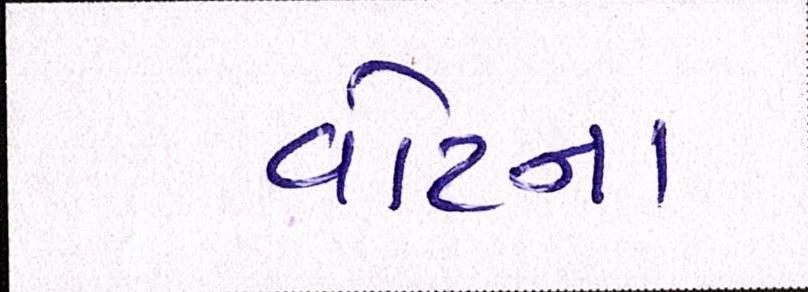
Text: વોટના